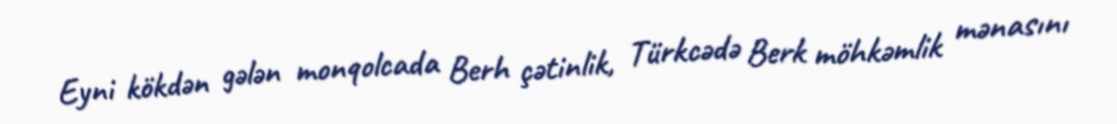
Eyni kökdən gələn monqolcada Berh çətinlik, Türkcədə Berk möhkəmlik mənasını